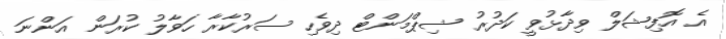
އެ އޮފިޝަލް ވިދާޅުވީ ކަދުރު ޝިޕްމަންޓް ދިވެހި ސަރުކާރާ ހަވާލު ކުރަން އަންނަ